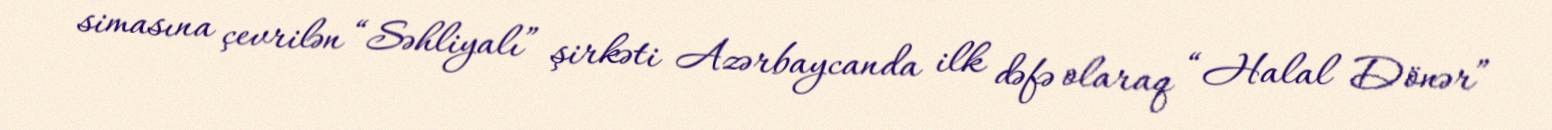
simasına çevrilən “Səhliyalı” şirkəti Azərbaycanda ilk dəfə olaraq “Halal Dönər”